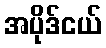
အပိုဒ်ငယ်